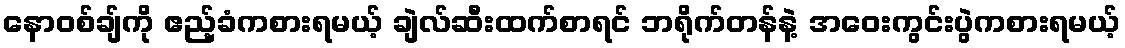
နောဝစ်ချ်ကို ဧည့်ခံကစားရမယ့် ချဲလ်ဆီးထက်စာရင် ဘရိုက်တန်နဲ့ အဝေးကွင်းပွဲကစားရမယ့်